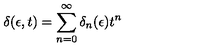
\delta ( \epsilon , t ) = \sum _ { n = 0 } ^ { \infty } \delta _ { n } ( \epsilon ) t ^ { n }